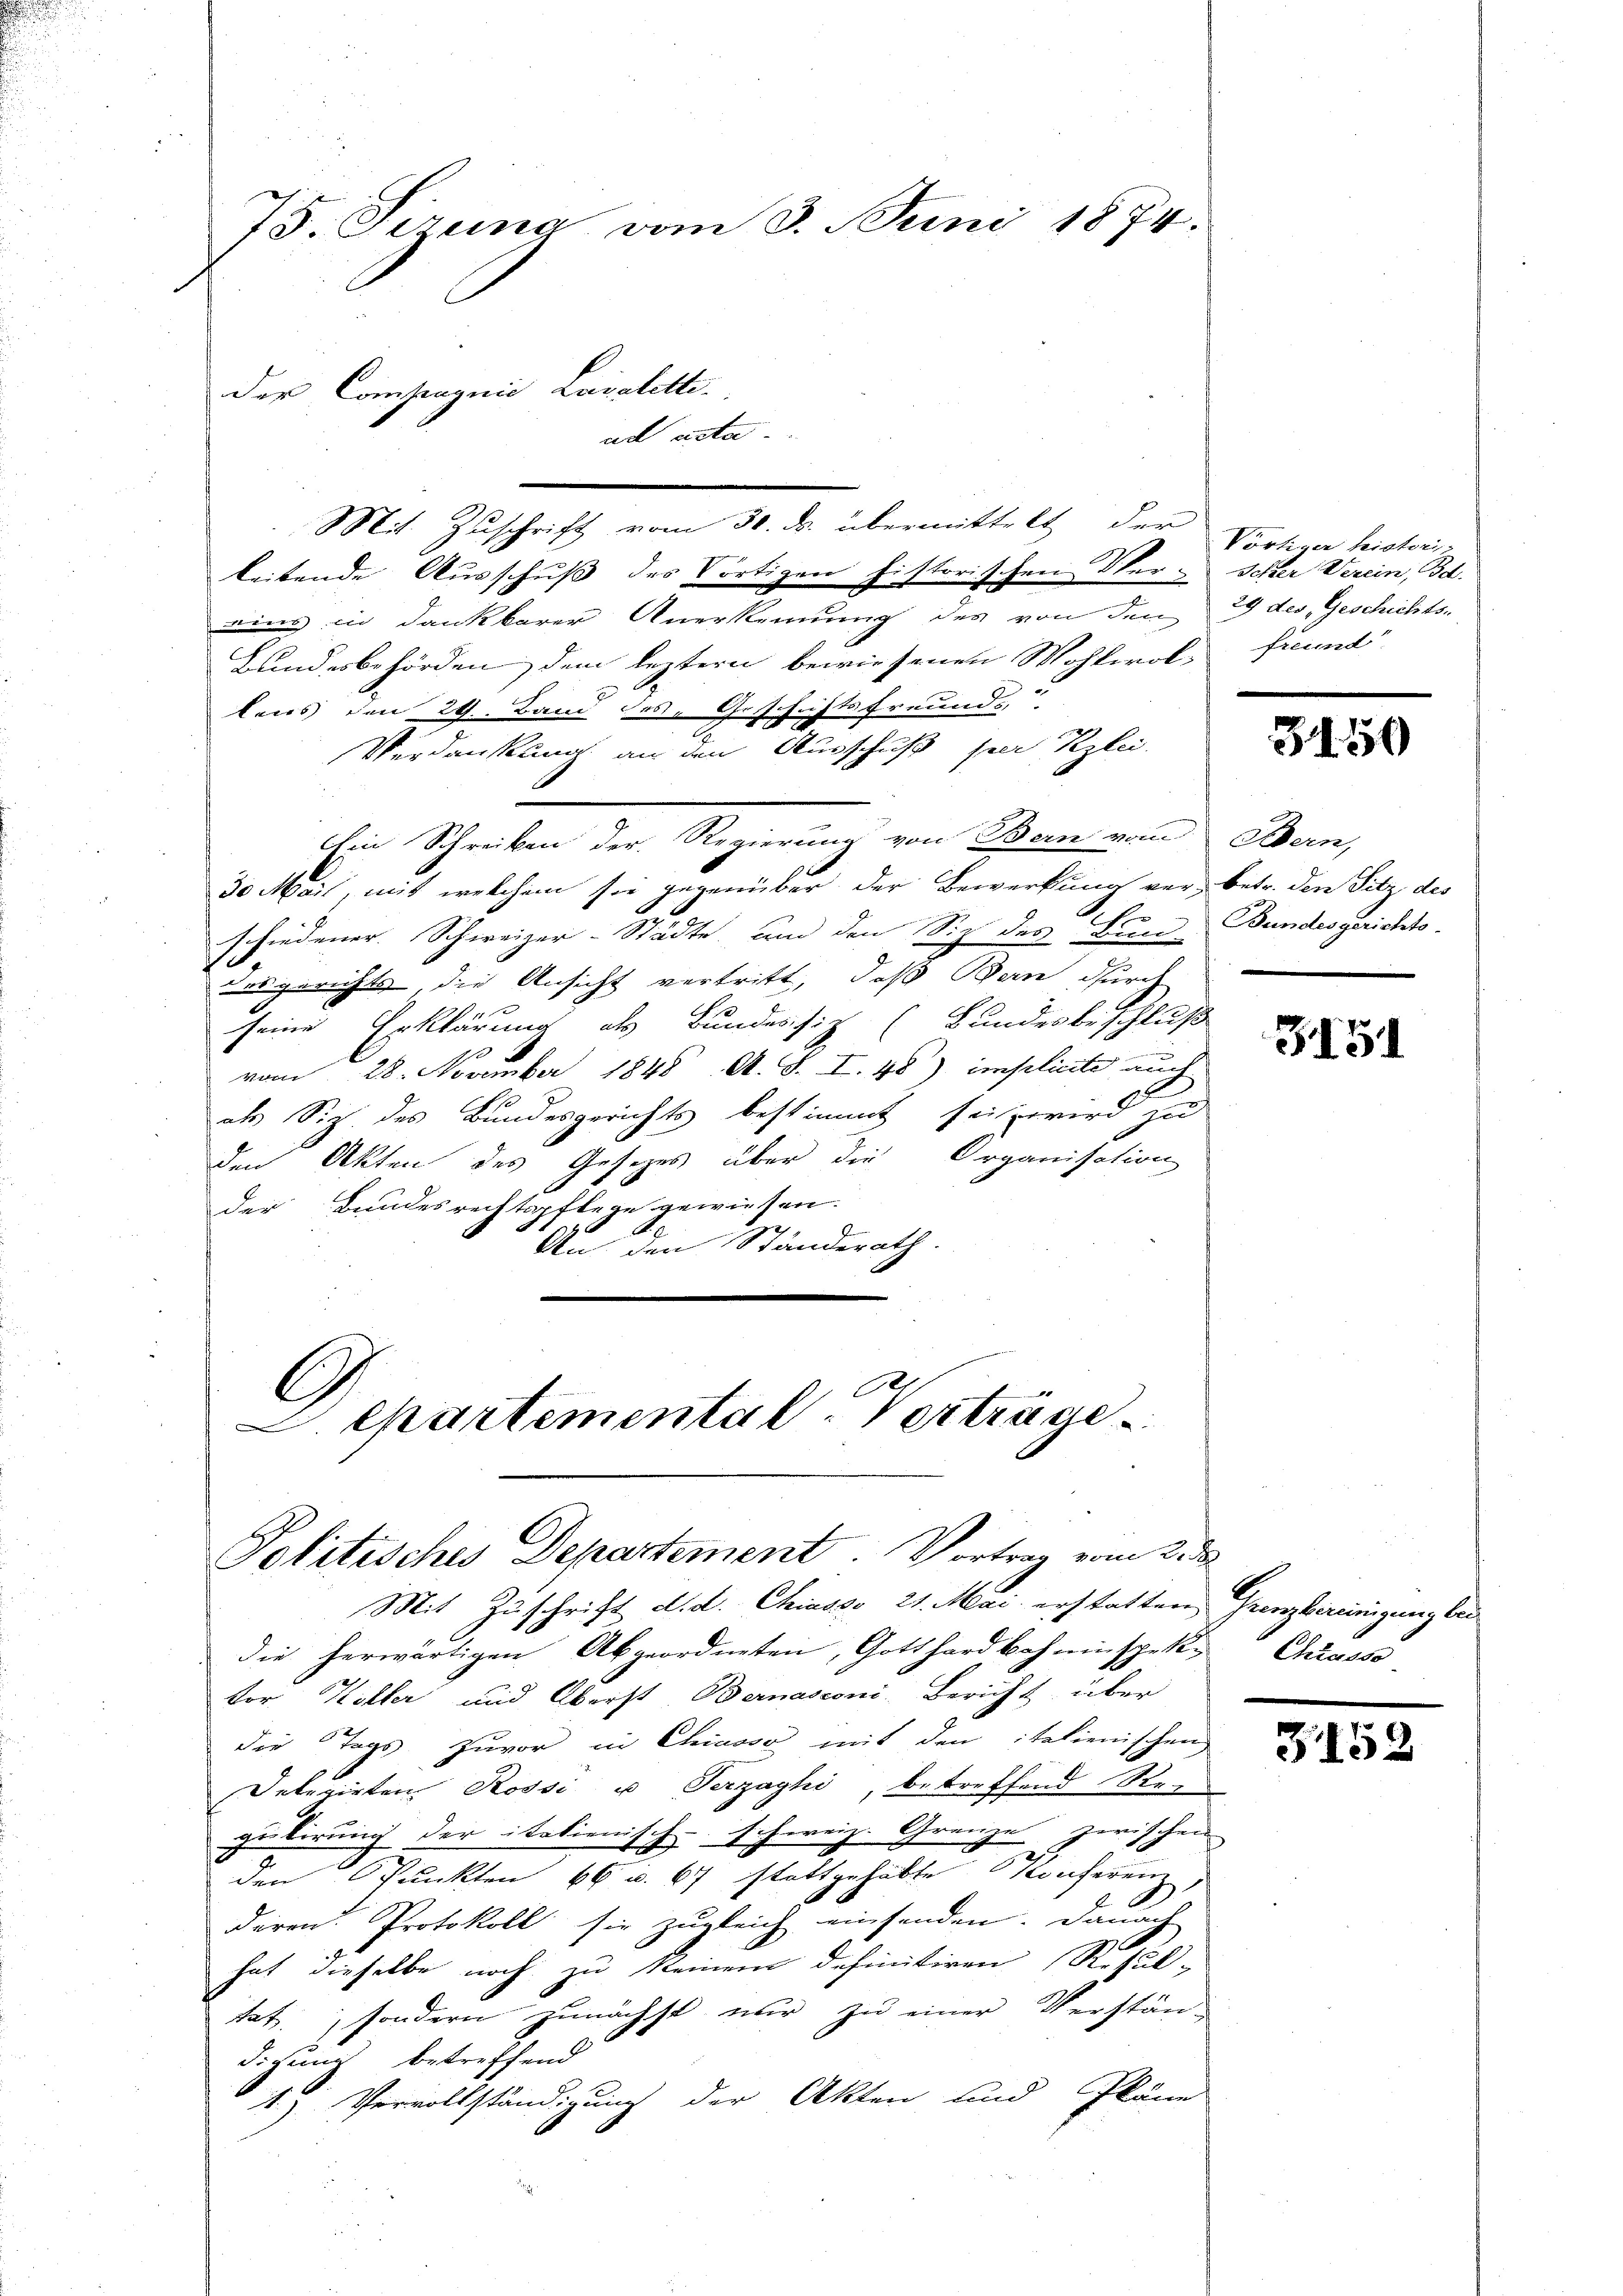
75. Sirung vom 3. Juni 1874.
der Compagnie Lavalette.
ad acta.

Mit Zuschrift vom 30. ds. übermittelt der
beitende Ausschuß des dortigen historischen Ver- Scher Verein, Bd.
eins in dankbarer Anerkennung des von den 29 des Geschichts-
Landesbehörden, dem leztern bewiesenen Wohlwol-
lens den 29. Band des Geschichtsfreunds
Verdankung an den Ausschuß per Klei
Ein Schreiben der Regierung von Bern vom Bern,
30 Mail, mit welchem sie gegenüber der Bewerkung vor, betr. den Sitz des
schiedener Schweizer-Städte um den Siz des Bun- Bundesgerichts-
desgericht, die Ansicht vertritt, daß Bern durch
seine Erklärung als Bundesfiz (Bundesbeschluß
vom 28. November 1848 A. S. I. 48) implicite auch
als Siz. des Bundesgerichts bestimmt sei wird zu
Den Akten des Gesezes über die Organisation
der Bundesrechtspflege gewiesen.
An den Ständerath.

C
Lepartemental. Verträge
Politisches Departement. Vortrag vom 2. da
Mit Zuschrift d. d. Chiasso 21. Mai erstatten Grenzbereinigung bei

Vörtiger histori,
freund

die herwärtigen Abgeordneten, Gotthardbahninspek. Chrasse
tor Keller und Oberst Bernasconi, Bericht über
die Tags zuvor in Chiasso mit den italienischen
Deterirten Rossi u Perzaghi, betreffend Regulirung der itationisch-schweiz. Granze zwischen
den Punkten 66 u. 67 stattgehabte Konferenz,
deren. Protokoll sie zugleich einsenden. Danach
hat dieselbe noch zu keinem definitiven Resul-
tat, sondern zunächst nur zu einer Verstän-
digung betreffend
1) Vervollständigung der Akten und Pläne

3150

351

3152